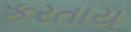
કરતાય